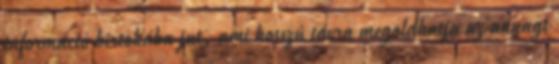
információ birtokába jut, ami hosszú távra megoldhatja az anyagi